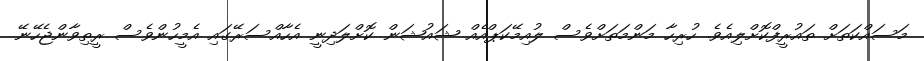
މަސައްކަތަށް ތައުރީފްކޮށްލިއެވެ. ހުރިހާ މަންމަތަށްވެސް ލުއިމޭކަޕްއެއް ޝައުޝަން ކޮށްލަދިނީ އެހާއްސަރޭގައި އެމީހުންވެސް ރީތިވާންޖެހޭނޭ